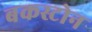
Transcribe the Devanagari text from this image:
बकस्टोन